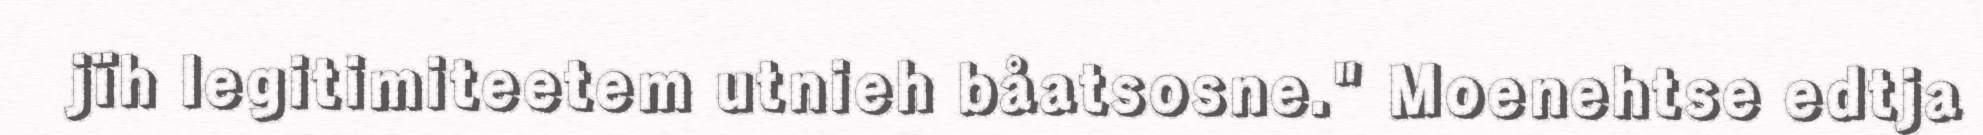
jïh legitimiteetem utnieh båatsosne." Moenehtse edtja